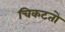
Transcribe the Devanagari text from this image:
चिकटतो